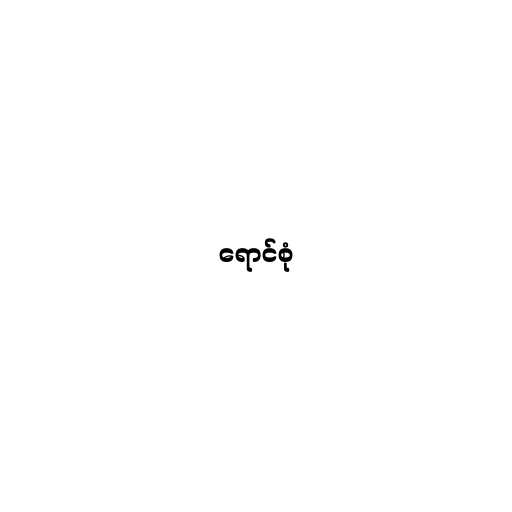
ရောင်စုံ